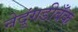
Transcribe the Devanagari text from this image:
नेदुंगडीबँक